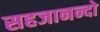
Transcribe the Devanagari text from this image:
सहजानन्दो